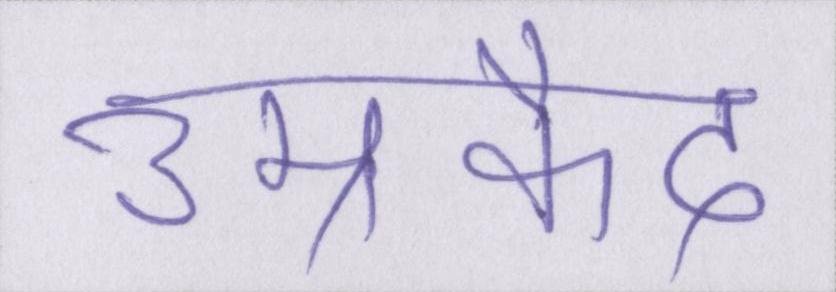
उम्रकैद